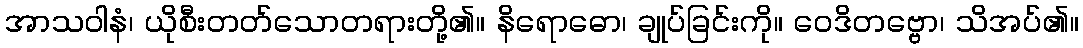
အာသဝါနံ၊ ယိုစီးတတ်သောတရားတို့၏။ နိရောဓော၊ ချုပ်ခြင်းကို။ ဝေဒိတဗ္ဗော၊ သိအပ်၏။